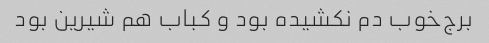
برج‌خوب دم نکشیده بود و کباب هم شیرین بود